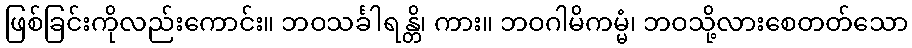
ဖြစ်ခြင်းကိုလည်းကောင်း။ ဘဝသင်္ခါရန္တိ၊ ကား။ ဘဝဂါမိကမ္မံ၊ ဘဝသို့လားစေတတ်သော